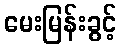
မေးမြန်းခွင့်